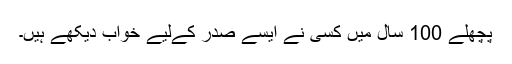
پچھلے 100 سال میں کسی نے ایسے صدر کےلیے خواب دیکھے ہیں۔